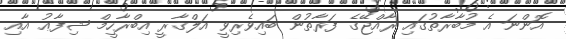
އޮންނަ އެ މުބާރާތުގައި ރާއްޖޭގެ ފަރާތުން ބައިވެރިވީ އަލްޤާރީ އިބްރާހީމް ޝިފާޢު އާއި